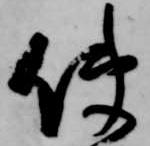
使